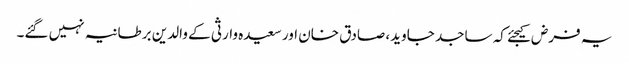
یہ فرض کیجئے کہ ساجد جاوید، صادق خان اور سعیدہ وارثی کے والدین برطانیہ نہیں گئے۔